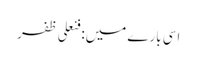
اسی بارے میں: فنعلی ظفر